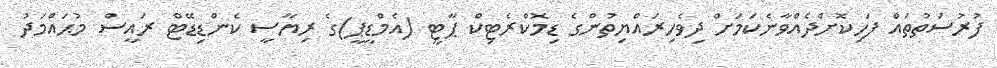
ފުރުސަތުތައް ފަހިކޮށްދެއްވާނެކަމަށް ދިވެހިރައްޔިތުންގެ ޑިމޮކްރެޓިކް ޕާޓީ (އެމްޑީޕީ)ގެ ރިޔާސީ ކެންޑިޑޭޓް ރައީސް މުޙައްމަދު